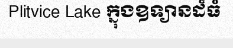
Plitvice Lake ក្នុងឧទ្យានដ៏ធំ